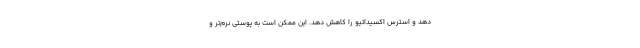
دهد و استرس اکسیداتیو را کاهش دهد. این ممکن است به پوستی نرم‌تر و